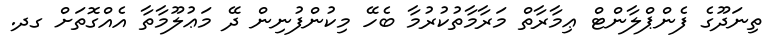
ތިނަދޫގެ ފެންޕްލާންޓް ޢިމާރާތް މަރާމާތުކުރުމާ ބެހޭ މިކުންފުނިން ދޭ މަޢުލޫމާތާ އެއްގޮތަށް ގދ.